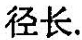
径长.